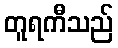
တူရကီသည်